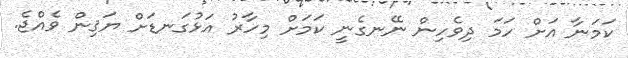
ކަމަނާ އަށް ހަމަ ދިވެހިން ނޭނގެނީ ކަމަށް މިހާރު އަޅުގަނޑަށް ޔަޤިން ވެއްޖެ.